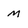
Character: M